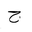
Letter: _gim